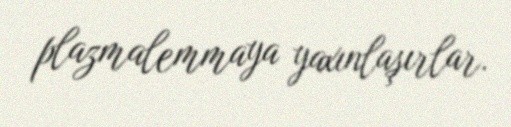
plazmalemmaya yaxınlaşırlar.